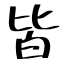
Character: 皆